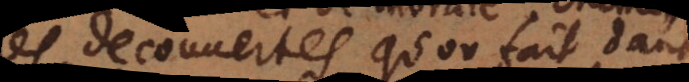
les decouvertes qu’on fait dans